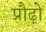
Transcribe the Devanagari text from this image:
प्रौढ़ो